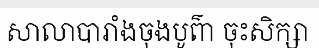
សាលាបារាំងចុងបូព៌ា ចុះសិក្សា